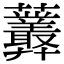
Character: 𧆁